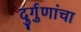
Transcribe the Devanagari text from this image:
दुर्गुणांचा